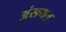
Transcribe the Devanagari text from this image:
अंसगत